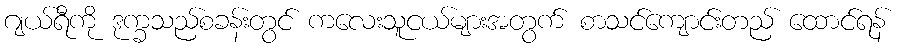
ဂျယ်ရီကို ဒုက္ခသည်စခန်းတွင် ကလေးသူငယ်များအတွက် စာသင်ကျောင်းတည် ထောင်ရန်